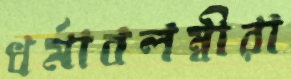
ধর্মাবলম্বীরা